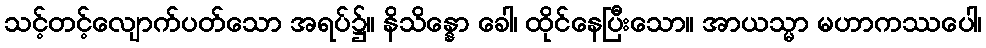
သင့်တင့်လျောက်ပတ်သော အရပ်၌။ နိသိန္နော ခေါ၊ ထိုင်နေပြီးသော။ အာယသ္မာ မဟာကဿပေါ၊